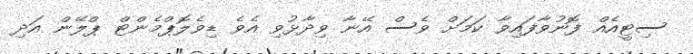
ސިޓީއެއް ފޮނުވާފައިވާ ކަމަށް ވެސް އޭނާ ވިދާޅުވި އެވެ ޑިވެލޮޕްމެންޓް ޕްލޭން އަދި